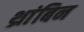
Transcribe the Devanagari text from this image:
थ्रांबिन